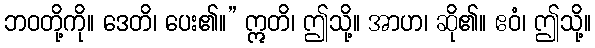
ဘဝတို့ကို။ ဒေတိ၊ ပေး၏။” ဣတိ၊ ဤသို့။ အာဟ၊ ဆို၏။ ဧဝံ၊ ဤသို့။